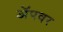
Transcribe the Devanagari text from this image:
अॅपवर